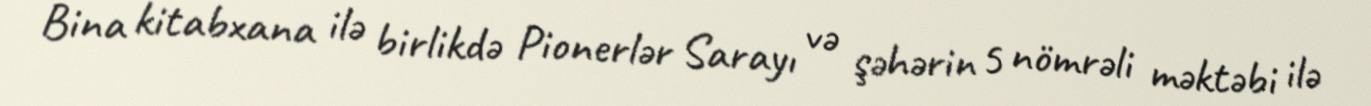
Bina kitabxana ilə birlikdə Pionerlər Sarayı və şəhərin 5 nömrəli məktəbi ilə